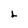
Character: L